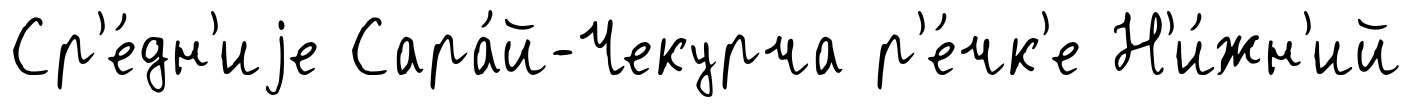
Ср'е́дн'иjе Сара́й-Чекурча р'е́чк'е Н'и́жн'ий